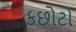
કછોટો